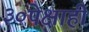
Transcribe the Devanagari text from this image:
३०पेक्षाही